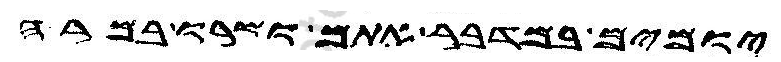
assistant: יומים במדבר אתם ושרו במרה